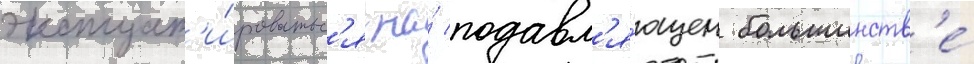
эксплуат'и́роватьс'я на́ подавл'я́ющем большинств'е́